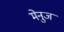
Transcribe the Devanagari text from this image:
मेनुज